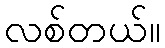
လစ်တယ်။